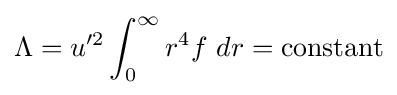
\Lambda =u'^{2}\int _{0}^{\infty }r^{4}f\ dr=\mathrm {constant}